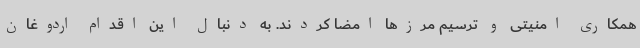
همکاری امنیتی و ترسیم مرزها امضا کردند. به دنبال این اقدام اردوغان